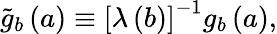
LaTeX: \tilde{g}_{b}\left(a\right)\equiv\left[\lambda\left(b\right)\right]^{-1}g_{b}\left(a\right),